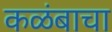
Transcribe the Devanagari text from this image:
कळंबाचा